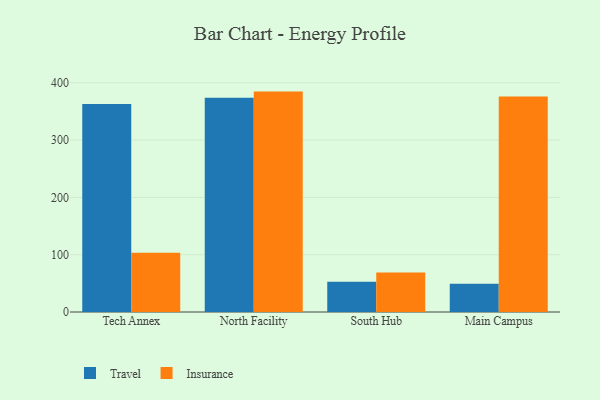
{"axis": {"x": "Campus", "y": "Population (Million)"}, "legend": ["Insurance", "Travel"], "data": [{"x": "Tech Annex", "y": 363.1, "type": "Travel"}, {"x": "Tech Annex", "y": 103.5, "type": "Insurance"}, {"x": "North Facility", "y": 373.9, "type": "Travel"}, {"x": "North Facility", "y": 384.6, "type": "Insurance"}, {"x": "South Hub", "y": 52.6, "type": "Travel"}, {"x": "South Hub", "y": 68.8, "type": "Insurance"}, {"x": "Main Campus", "y": 49.2, "type": "Travel"}, {"x": "Main Campus", "y": 376.1, "type": "Insurance"}]}